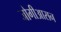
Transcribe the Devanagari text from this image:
जोगीआसन